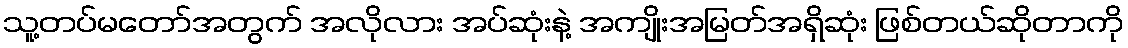
သူ့တပ်မတော်အတွက် အလိုလား အပ်ဆုံးနဲ့ အကျိုးအမြတ်အရှိဆုံး ဖြစ်တယ်ဆိုတာကို